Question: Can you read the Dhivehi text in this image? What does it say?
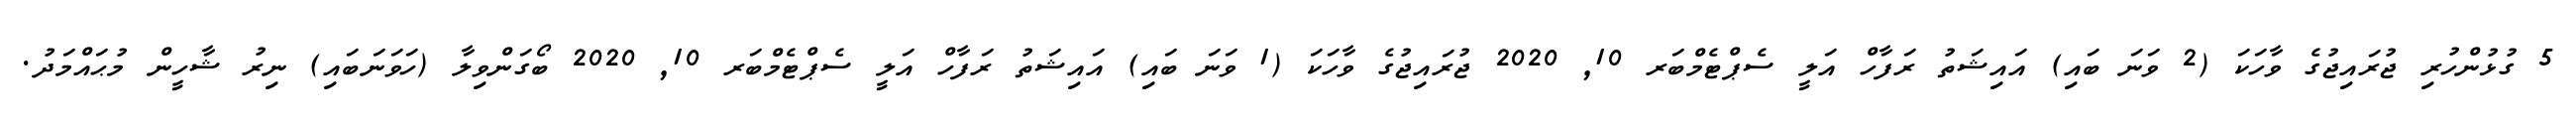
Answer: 5 ގުޅުންހުރި ޖުރައިޖުގެ ވާހަކަ (2 ވަނަ ބައި) އައިޝަތު ރަފާހް އަލީ ސެޕްޓެމްބަރ 10, 2020 ޖުރައިޖުގެ ވާހަކަ (1 ވަނަ ބައި) އައިޝަތު ރަފާހް އަލީ ސެޕްޓެމްބަރ 10, 2020 ބޯގަންވިލާ (ހަވަނަބައި) ނިރު ޝާހީން މުޙައްމަދު.